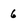
Character: 6